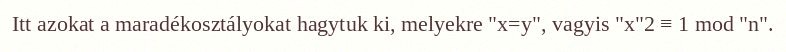
Itt azokat a maradékosztályokat hagytuk ki, melyekre "x=y", vagyis "x"2 ≡ 1 mod "n".